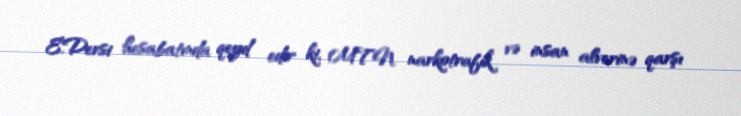
E.Dersi hesabatında qeyd edir ki, MTN narkotrafik və insan alverinə qarşı